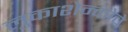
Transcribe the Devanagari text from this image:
लुकाशेन्कोचे